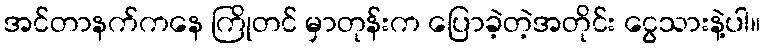
အင်တာနက်ကနေ ကြိုတင် မှာတုန်းက ပြောခဲ့တဲ့အတိုင်း ငွေသားနဲ့ပါ။